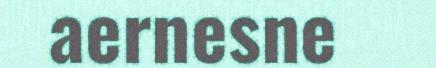
aernesne